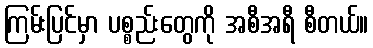
ကြမ်းပြင်မှာ ပစ္စည်းတွေကို အစီအရီ စီတယ်။